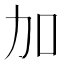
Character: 加